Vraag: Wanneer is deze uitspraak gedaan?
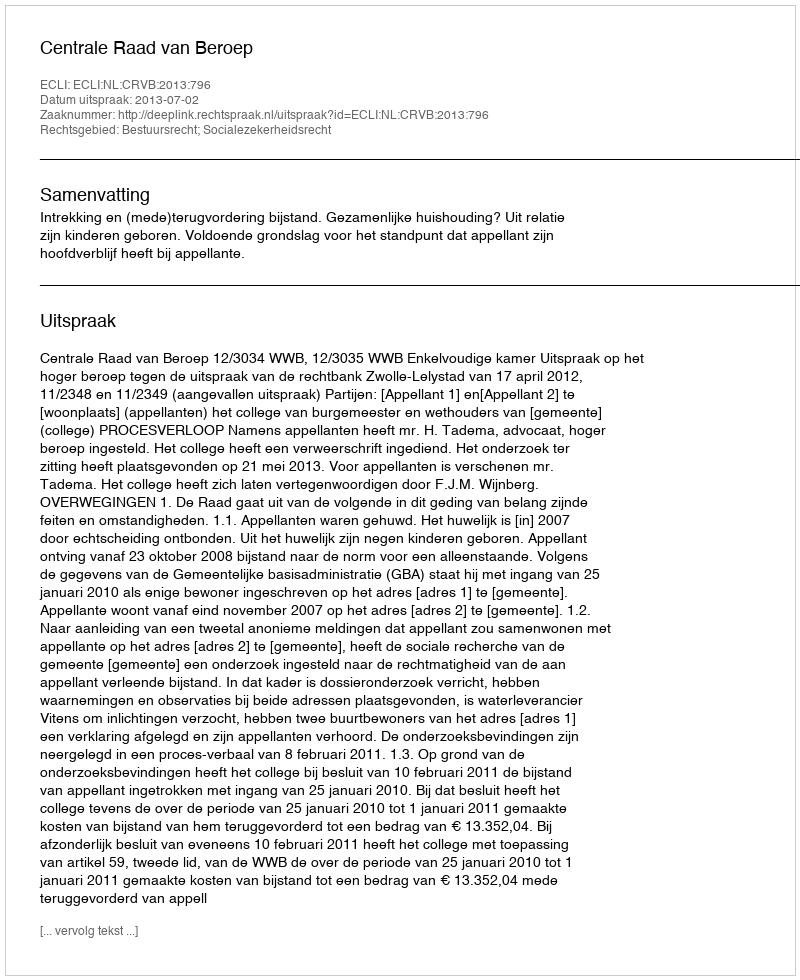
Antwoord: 2013-07-02